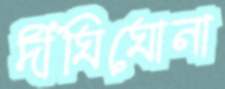
দীঘিঘোনা